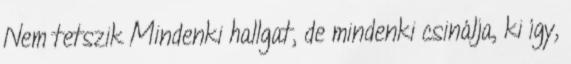
Nem tetszik Mindenki hallgat, de mindenki csinálja, ki így,